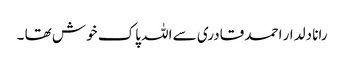
رانا دلدار احمد قادری سے اللہ‎ پاک خوش تھا ۔